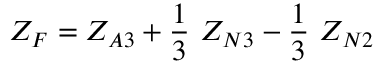
Z _ { F } = Z _ { A 3 } + { \frac { 1 } { 3 } } ~ Z _ { N 3 } - { \frac { 1 } { 3 } } ~ Z _ { N 2 }